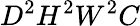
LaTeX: D^{2}H^{2}W^{2}C